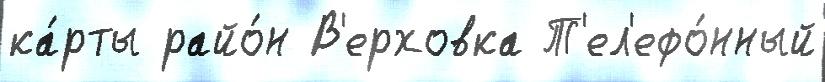
ка́рты райо́н В'ерховка Т'ел'ефо́нный